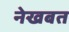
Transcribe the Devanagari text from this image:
नेखबत